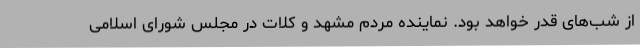
از شب‌های قدر خواهد بود. نماینده مردم مشهد و کلات در مجلس شورای اسلامی